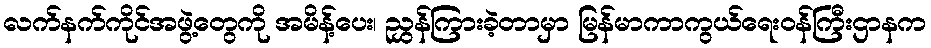
လက်နက်ကိုင်အဖွဲ့တွေကို အမိန့်ပေး၊ ညွှန်ကြားခဲ့တာမှာ မြန်မာကာကွယ်ရေးဝန်ကြီးဌာနက